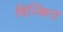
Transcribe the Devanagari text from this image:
बिज्कित